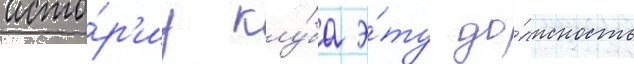
исто́р'иу клу́ба э́ту до́лжность